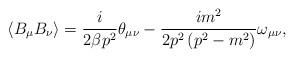
LaTeX: \begin{align*}\left\langle B_\mu B_\nu \right\rangle =\frac i{2\beta p^2}\theta _{\mu \nu}-\frac{im^2}{2p^2\left( p^2-m^2\right) }\omega _{\mu \nu },\end{align*}